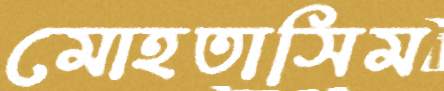
মোহতাসিম